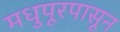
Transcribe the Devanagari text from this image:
मधुपूरपासून